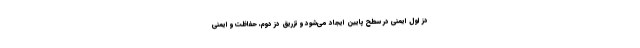
دز اول ایمنی در سطح پایین ایجاد می‌شود و تزریق دز دوم، حفاظت و ایمنی